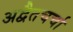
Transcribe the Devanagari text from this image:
अद्वैतचर्चा